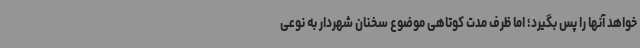
خواهد آنها را پس بگیرد؛ اما ظرف مدت کوتاهی موضوع سخنان شهردار به نوعی